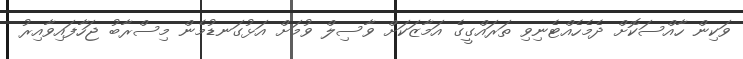
ވަކިން ހާއްސަކޮށް ދެމެހެއްޓެނިވި ތަރައްގީގެ އަމާޒަކަަށް ވާސިލް ވުމަށް އަޅުގަނޑުމެން މިސްރާބު ޖަހާފައިވާއިރު